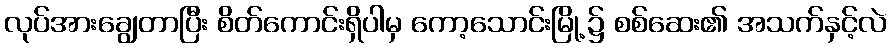
လုပ်အားချွေတာပြီး စိတ်ကောင်းရှိပါမှ ကော့သောင်းမြို့၌ စစ်ဆေး၏ အသက်နှင့်လဲ